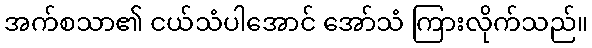
အက်စသာ၏ ငယ်သံပါအောင် အော်သံ ကြားလိုက်သည်။